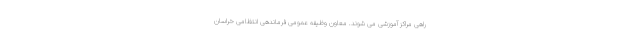
راهی مراکز آموزشی می شوند. معاون وظیفه عمومی فرماندهی انتظامی خراسان